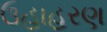
ઉહાહરણ